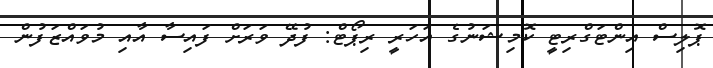
ޕޮލިސް އިންޓަގްރިޓީ ކޮމިޝަނުގެ އަހަރީ ރިޕޯޓް: ފުދޭ ވަރަށް ފައިސާ އާއި މުވައްޒަފުން